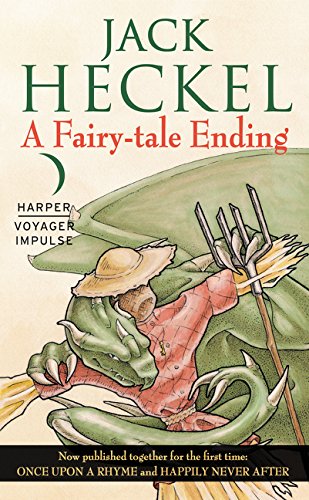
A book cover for A Fairy-tale Ending: Book One of the Charming Tales; Jack Heckel; Science Fiction & Fantasy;